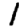
Digit: 1